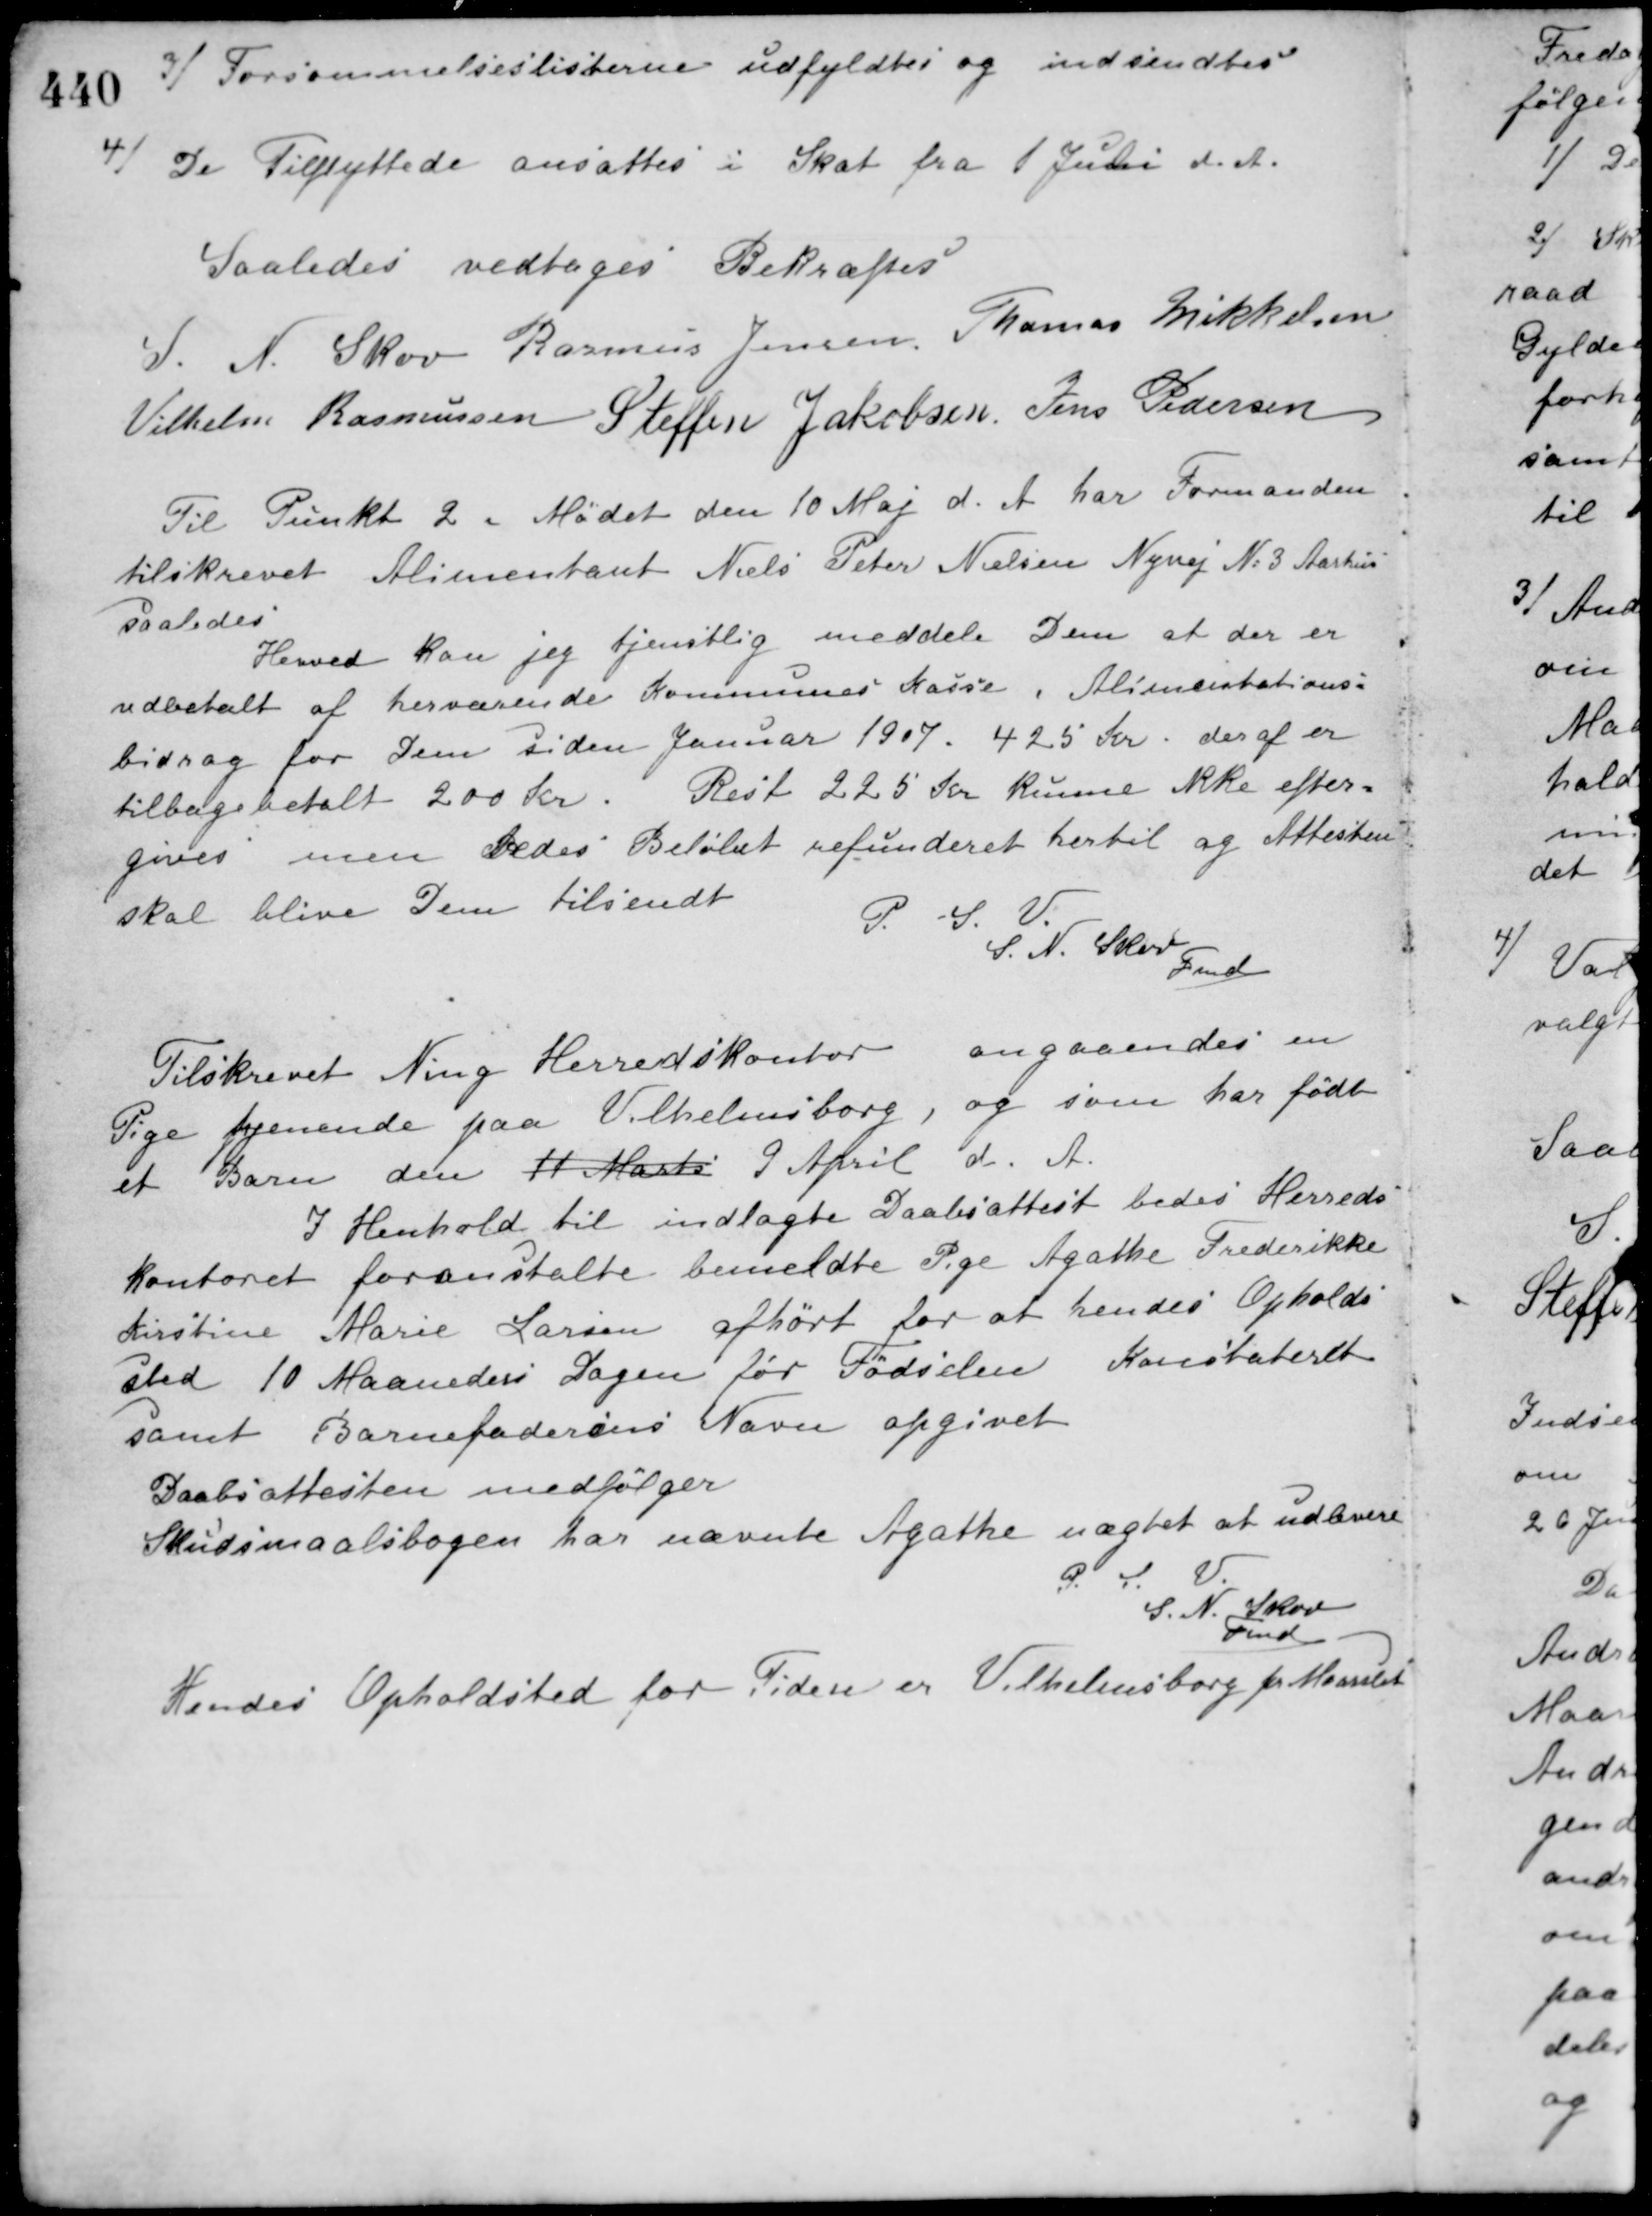
Transskription:
3/ Forsømmelseslisterne udfyldtes og indsendtes.
4/ De Tilflyttede ansattes i Skat fra 1 Juni d. A.
Saaledes vedtaget Bekræftes
S. N. Skov Rasmus Jensen Thomas Mikkelsen
Vilhelm Rasmussen Steffen Jakobsen Jens Pedersen
Til Punkt 2 i Mødet den 10 Maj d. A. har Formanden
tilskrevet Alimentant Niels Peter Nielsen Nyvej No 3 Aarhus
saaledes
Herved kan jeg tjenstlig meddele Dem at der er
udbetalt af herværende Kommunes Kasse, Alimentations-
bidrag for Dem siden Januar 1907. 425 Kr. deraf er
tilbagebetalt 200 Kr. Rest 225 Kr. kunne ikke efter-
gives men Bedes Beløbet refunderet hertil og Attesten
skal blive Dem tilsendt.
P. S. V.
S. N. Skov Fmd.
Tilskrevet Ning Herredskontor angaaendes en
Pige tjenende paa Vilhelmsborg, og som har født
et Barn den 11 Marts 9 April d. A.
I Henhold til indlagte Daabsattest bedes Herreds
kontoret foranstalte bemeldte Pige Agathe Frederikke
Kirstine Marie Larsen afhørt for at hendes Opholds-
sted 10 Maaneders Dagen før Fødselen Konstateret
samt Barnefaderens Navn opgivet.
Daabsattesten medfølger.
Skudsmaalsbogen har nævnte Agathe nægtet at udlevere.
P. S. V.
S. N. Skov
Fmd.
Hendes Opholdsted for Tiden er Vilhelmsborg pr. Maarslet.